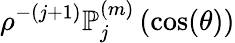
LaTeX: \rho^{-(j+1)}\mathbb{P}_{j}^{(m)}\left(\cos(\theta)\right)